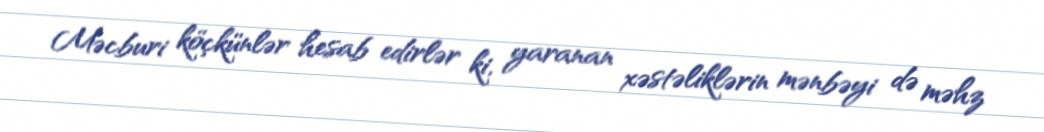
Məcburi köçkünlər hesab edirlər ki, yaranan xəstəliklərin mənbəyi də məhz